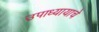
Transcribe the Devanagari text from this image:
उपाध्यायाचे